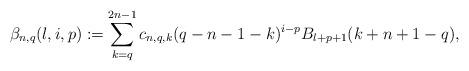
LaTeX: \begin{align*}\beta_{n,q}(l,i,p):=\sum_{k=q}^{2n-1}c_{n,q,k}(q-n-1-k)^{i-p}B_{l+p+1}(k+n+1-q),\end{align*}